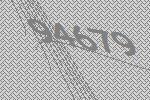
94679